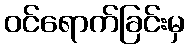
ဝင်ရောက်ခြင်းမှ